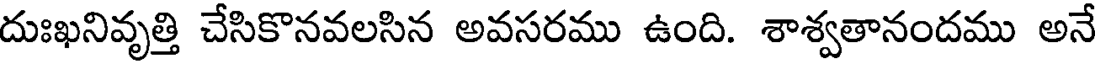
దుఃఖనివృత్తి చేసికొనవలసిన అవసరము ఉంది. శాశ్వతానందము అనే